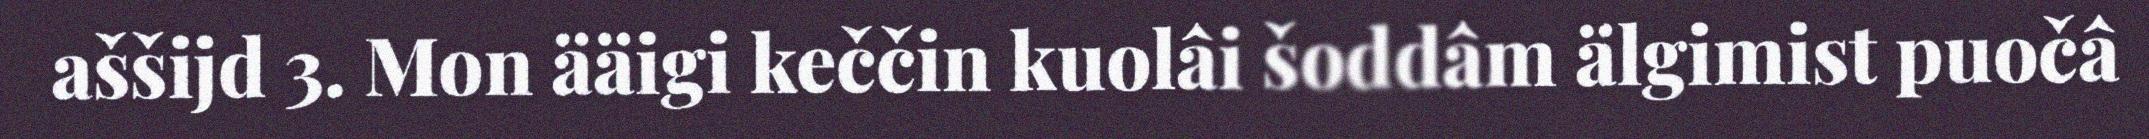
aššijd 3. Mon ääigi keččin kuolâi šoddâm älgimist puočâ